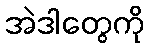
အဲဒါတွေကို